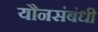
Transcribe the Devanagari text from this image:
यौनसंबंधी